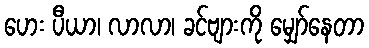
ဟေး ပီယာ၊ လာလာ၊ ခင်ဗျားကို မျှော်နေတာ